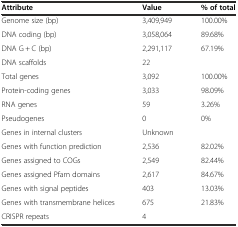
<table><thead><tr><td><b>Attribute</b></td><td><b>Value</b></td><td><b>% of total</b></td></tr></thead><tbody><tr><td>Genome size (bp)</td><td>3,409,949</td><td>100.00%</td></tr><tr><td>DNA coding (bp)</td><td>3,058,064</td><td>89.68%</td></tr><tr><td>DNA G + C (bp)</td><td>2,291,117</td><td>67.19%</td></tr><tr><td>DNA scaffolds</td><td>22</td><td></td></tr><tr><td>Total genes</td><td>3,092</td><td>100.00%</td></tr><tr><td>Protein-coding genes</td><td>3,033</td><td>98.09%</td></tr><tr><td>RNA genes</td><td>59</td><td>3.26%</td></tr><tr><td>Pseudogenes</td><td>0</td><td>0%</td></tr><tr><td>Genes in internal clusters</td><td>Unknown</td><td></td></tr><tr><td>Genes with function prediction</td><td>2,536</td><td>82.02%</td></tr><tr><td>Genes assigned to COGs</td><td>2,549</td><td>82.44%</td></tr><tr><td>Genes assigned Pfam domains</td><td>2,617</td><td>84.67%</td></tr><tr><td>Genes with signal peptides</td><td>403</td><td>13.03%</td></tr><tr><td>Genes with transmembrane helices</td><td>675</td><td>21.83%</td></tr><tr><td>CRISPR repeats</td><td>4</td><td></td></tr></tbody></table>